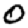
Digit: 0